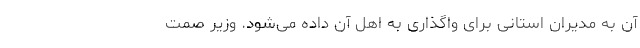
آن به مدیران استانی برای واگذاری به اهل آن داده می‌شود. وزیر صمت